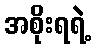
အစိုးရရဲ့